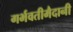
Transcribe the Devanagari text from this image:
गर्भवतीमैदानी